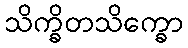
သိက္ခိတသိက္ခော